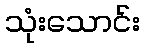
သုံးသောင်း